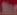
War